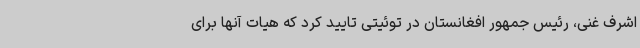
اشرف غنی، رئیس جمهور افغانستان در توئیتی تایید کرد که هیات آنها برای